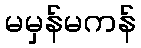
မမှန်မကန်